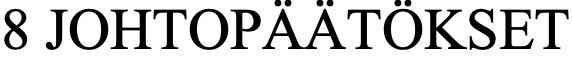
8 JOHTOPÄÄTÖKSET